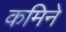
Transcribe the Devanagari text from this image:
कमिने